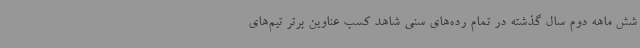
شش ماهه دوم سال گذشته در تمام رده‌های سنی شاهد کسب عناوین برتر تیم‌های